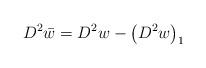
LaTeX: \begin{align*}D^{2}\bar{w}=D^{2}w-\left( D^{2}w\right) _{1}\end{align*}